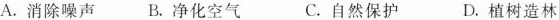
A.消除噪声B.净化空气 C.自然保护 D.植树造林